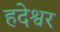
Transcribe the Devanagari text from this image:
हदेश्वर